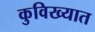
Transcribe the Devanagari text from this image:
कुविख्यात